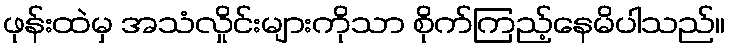
ဖုန်းထဲမှ အသံလှိုင်းများကိုသာ စိုက်ကြည့်နေမိပါသည်။